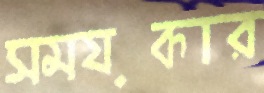
সময়কার